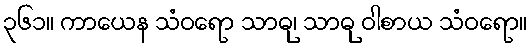
၃၆၁။ ကာယေန သံဝရော သာဓု၊ သာဓု ဝါစာယ သံဝရော။